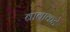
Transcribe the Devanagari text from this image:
बाबाकडे